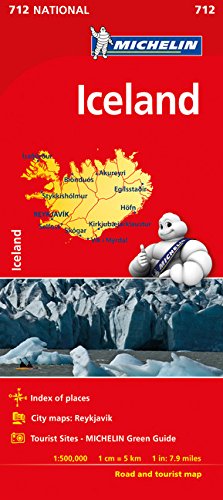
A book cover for Michelin Iceland Map 750 (Michelin Map); Michelin Travel & Lifestyle; Travel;